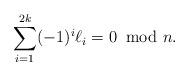
LaTeX: \begin{align*}\sum_{i=1}^{2k}(-1)^i\ell_i=0\; \;\mbox{mod $n$}.\end{align*}